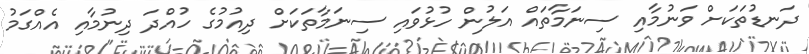
ދަނޑުތަަކަށް ވަނުމާއި ސިނަމާތައް އަލުން ހުޅުވައި ސިނަމާތަކަށް ދިއުމުގެ ހުއްދަ ދިނުމާއި އެއްގަމު